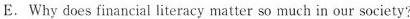
E.Why does financiai literacy matter so much in our society?